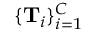
\{ \mathbf { T } _ { i } \} _ { i = 1 } ^ { C }